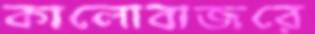
কালোবাজরে